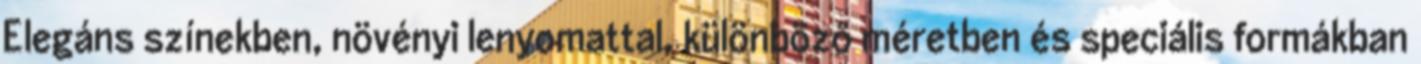
Elegáns színekben, növényi lenyomattal, különböző méretben és speciális formákban